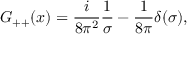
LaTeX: G _ { + + } ( x ) = { \frac { i } { 8 \pi ^ { 2 } } } { \frac { 1 } { \sigma } } - { \frac { 1 } { 8 \pi } } \delta ( \sigma ) , \nonumber